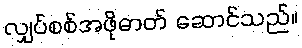
လျှပ်စစ်အဖိုဓာတ် ဆောင်သည်။